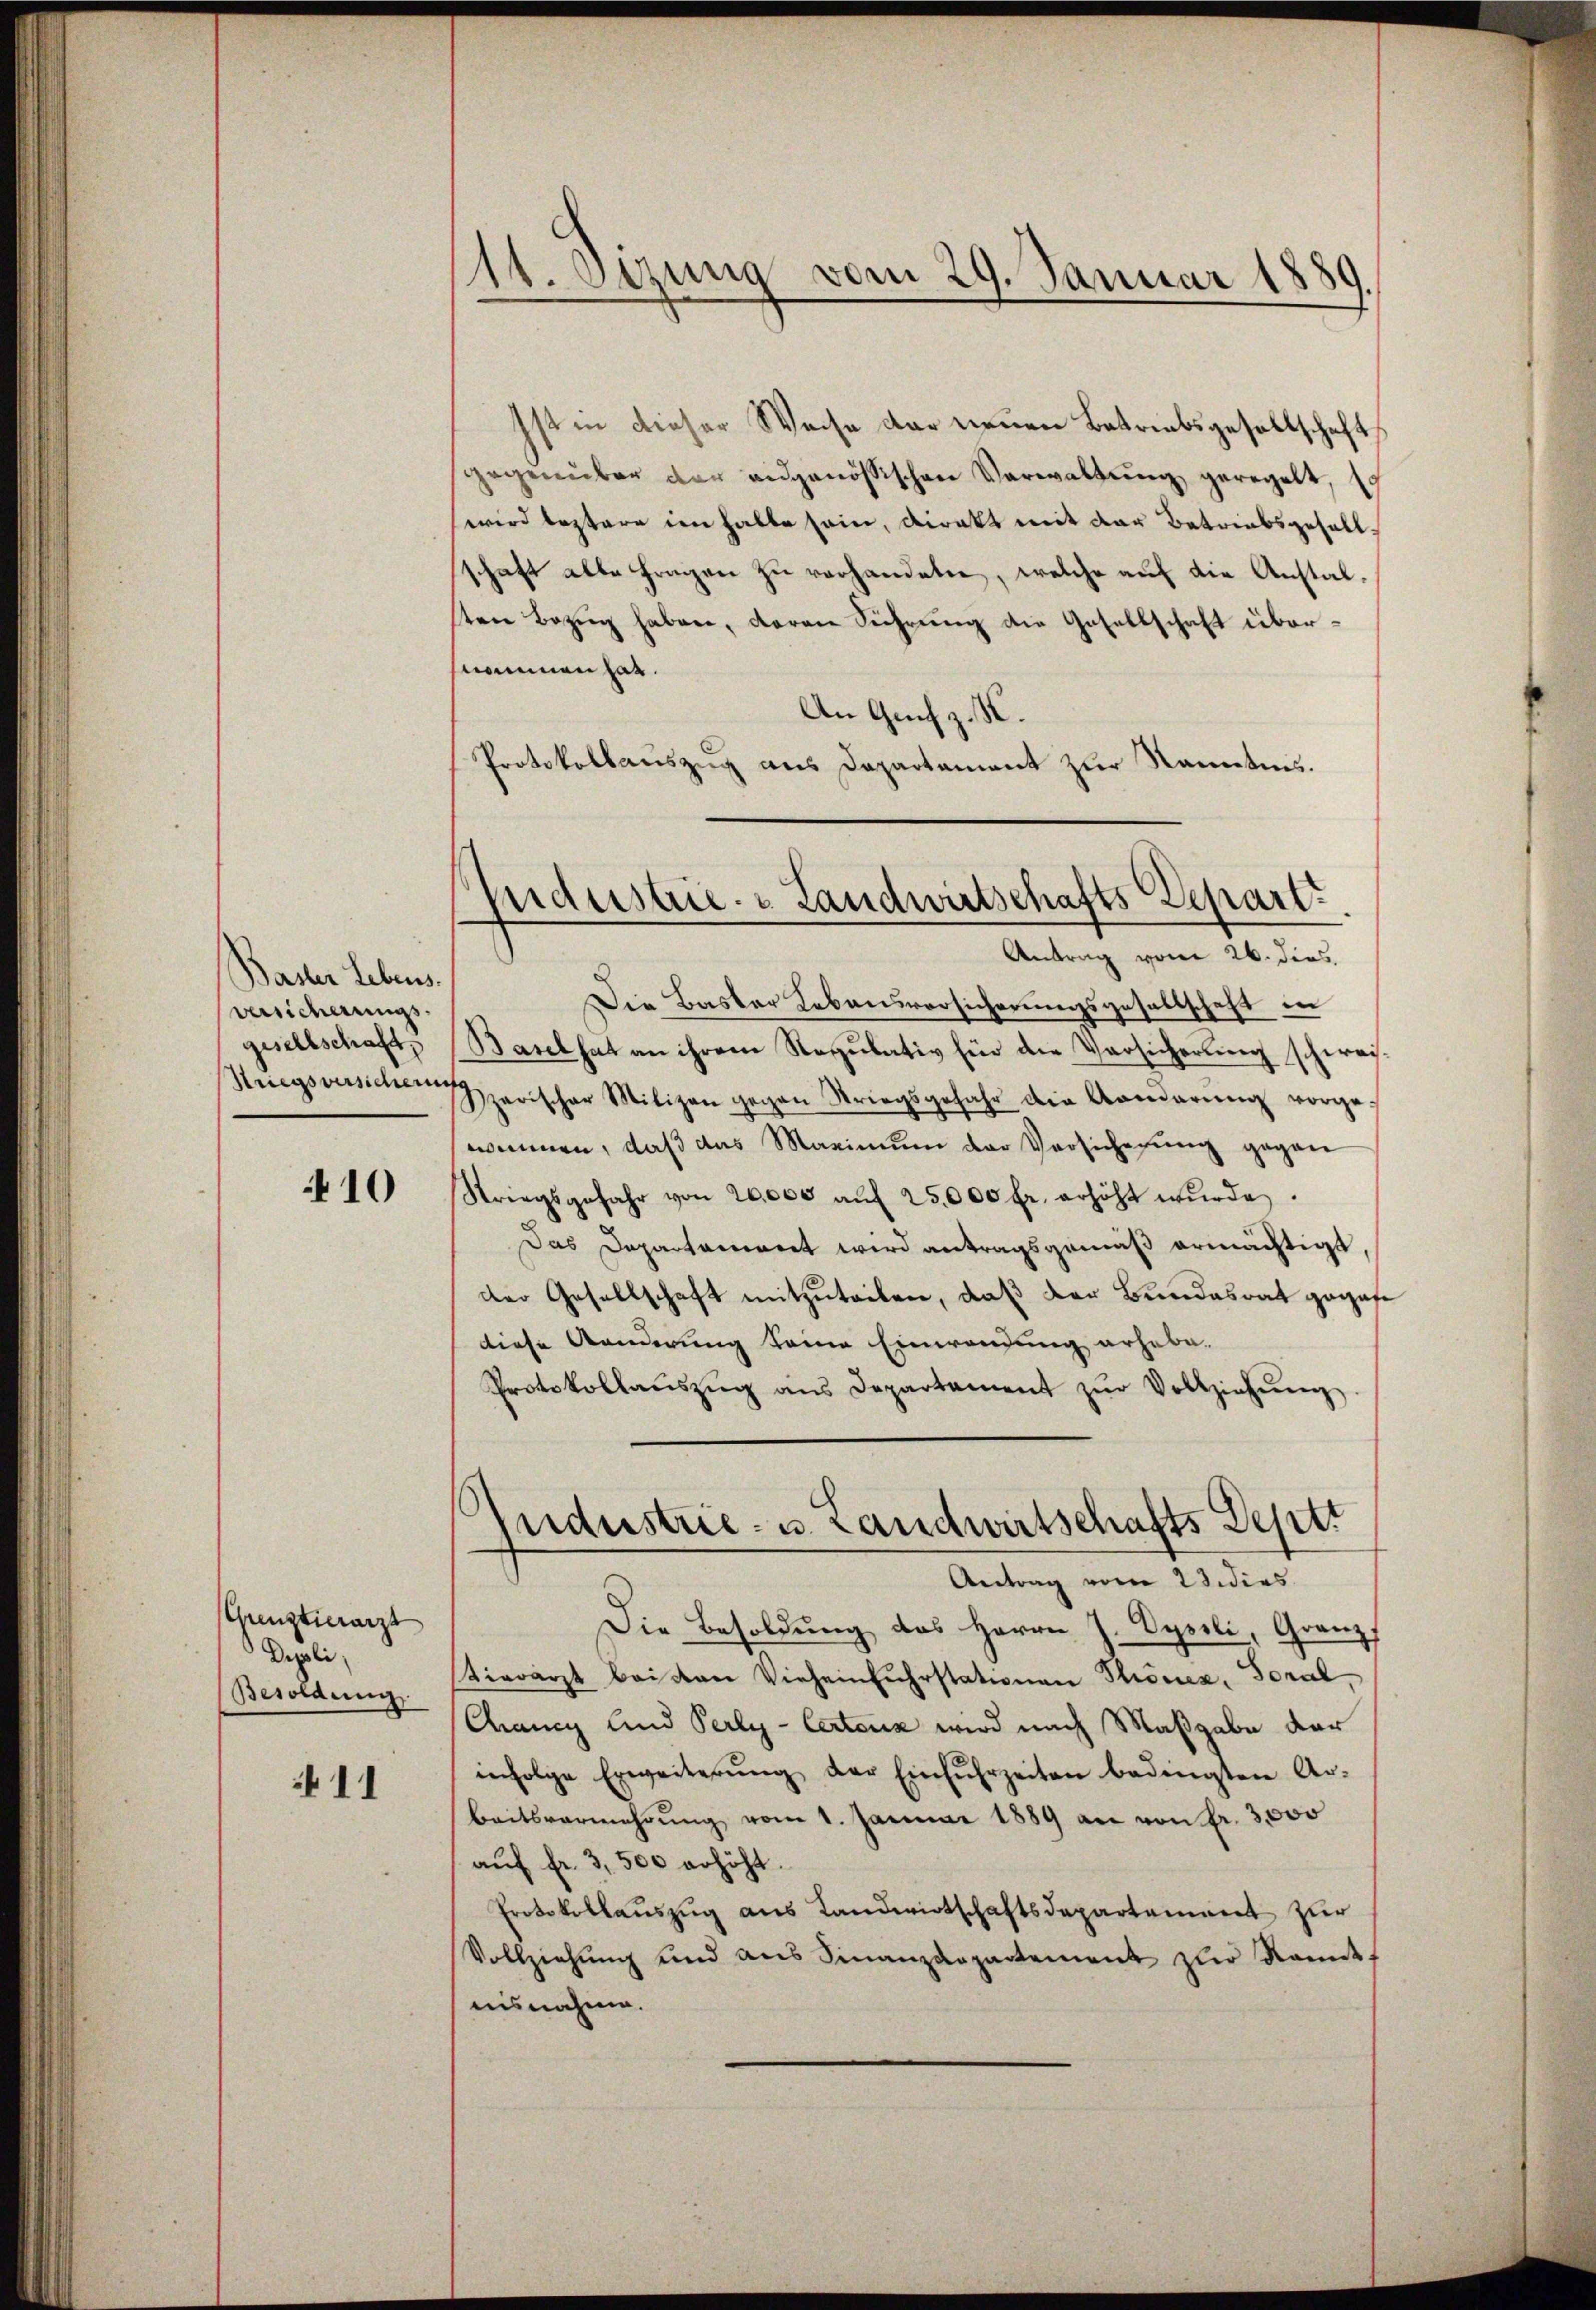
Basler Lebens.
versicherungsgisellschaft,
Striegsversichein

410

Grenztierarzt
Depoli
Besoldung

11

111. Sezung vom 29. Januar 1889.

Ist in dieser Weise der neuen Betriebsgesellschaft
gegenüber der eidgenössischen Verwaltung geregelt,
wird leztere im halte sein, direkt mit der Betriebsgesellschaft alte Fragen zu verhandeten, welche auf die Anstalten Bezug haben, daran Führung die Gesellschaft übersnamen hat.
An Genf z. K.
Protokollauszug aus Departement zur Kannten.

fndustrie. - Landwirtschafts Depart.
Antrag vom 26. dies

Die Basler Lebensversicherungsgesellschaft in
Basel hat an ihrem Regulativ hin die Versicherung schwei-
parischer Milizan gegen Striegsgefahr die Armarŭng vorge-
nommen, daß das Maximum der Versicherung gegen
Striegsgefahr von 20,000 aŭf 25,000 fr. erhöht wŭrde.
Das Departament wird antragsgemäß ermächtigt,
der Gesellschaft mitzuteilen, daß der Bundesrat gegen
diese Aenderung keine Einwendung erhebe.
Protokollaŭszŭg ans Departement zŭr Vollziehŭng
Antrag vom 23 dies
Die Besoldung des Herrn J. Dypeli, Granz,
tierarzt bei den Vieheinfuhrstationen Thonez, Toral
Chancy und Perly-Certenz wird nach Maßgabe der
infolge Erweiterŭng der Einfŭhrzeiten bedingten Ar-
beitsvermehrŭng vom 1. Januar 1889 an von fr. 3,000
aŭf fr. 3,500 erhöht.
Protokollaŭszŭg aŭs Landwirtschaftsdepartament zŭr
Vollziehung und aus Finanzdepartement zur Komit
ausnahme.

s
ndustrie- u. Landwirtschafts Deptt